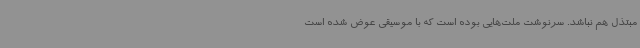
مبتذل هم نباشد. سرنوشت ملت‌هایی بوده است که با موسیقی عوض شده است